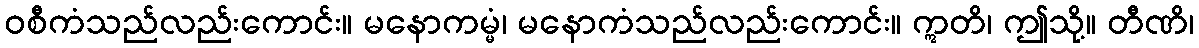
ဝစီကံသည်လည်းကောင်း။ မနောကမ္မံ၊ မနောကံသည်လည်းကောင်း။ ဣတိ၊ ဤသို့။ တီဏိ၊